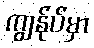
ကျွန်ုပ်မှာ